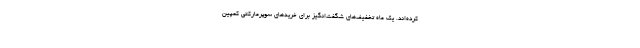
کرده‌اند. یک ماه تخفیف‌های شگفت‌انگیز برای خریدهای سوپرمارکتی کمپین